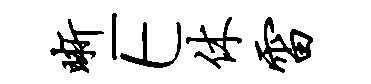
晰E休雷